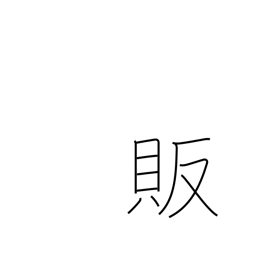
Meaning: trade